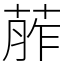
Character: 葄